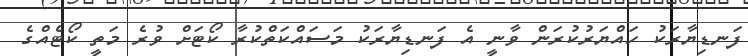
ފަނޑިޔާރަކު ހައްޔަރުކުރަން ވާނީ އެ ފަނޑިޔާރަކު މަސައްކަތްކުރާ ކޯޓަށް ވުރެ މަތީ ކޯޓެއްގެ